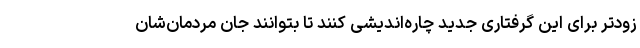
زودتر برای این گرفتاری جدید چاره‌اندیشی کنند تا بتوانند جان مردمان‌شان